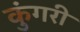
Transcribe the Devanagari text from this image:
कुंगरी